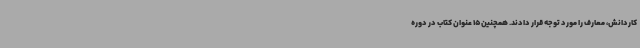
کاردانش، معارف را مورد توجه قرار دادند. همچنین 15 عنوان کتاب در دوره